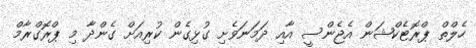
ހެލްތް ޕްރޮޓެކްޝަން އެޖެންސީ އާއި ދަމަނަވެށި ގުޅިގެން ކުރިއަށް ގެންދާ މި ޕްރޮގްރާމް